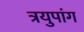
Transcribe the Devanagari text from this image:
त्रयुपांग